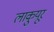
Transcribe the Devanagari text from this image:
लाकुयूर